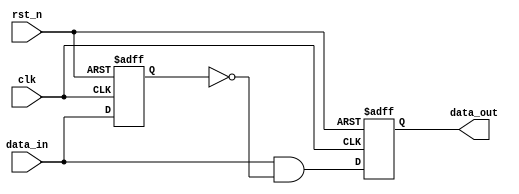
`timescale 1ns/1ns

module RTL(
	input clk,
	input rst_n,
	input data_in,
	output reg data_out
	);
reg data_in_reg;
wire data_out_reg0;

always @(posedge clk or negedge rst_n)
begin
if(!rst_n)
data_in_reg<=0;
else
data_in_reg<=data_in;
end

assign data_out_reg0=data_in&&!data_in_reg;

always @(posedge clk or negedge rst_n)
begin
if(!rst_n)
data_out<=0;
else
data_out<=data_out_reg0;
end

endmodule